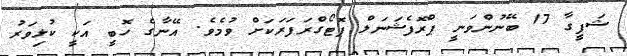
ޝަފީގާ 17 ބޭނުންވަނީ ޕްރޮފެޝަނަލް ޕޮޓޯގްރަފަރަކަށް ވުމެވެ. އޭނާގެ ހޮބީ އަކީ ކުޅިވަރު